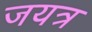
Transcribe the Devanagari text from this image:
जयत्र